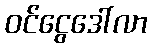
ဝင်ငွေဒေါ်လာ